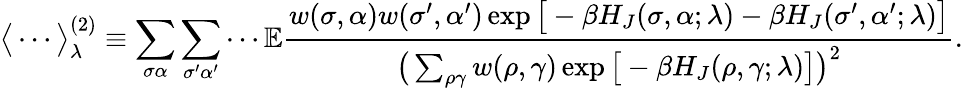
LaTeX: \big<\cdots\big>_{\lambda}^{(2)}\equiv\sum_{\sigma\alpha}\sum_{\sigma^{\prime}\alpha^{\prime}}\cdots\mathbb{E}\frac{w(\sigma,\alpha)w(\sigma^{\prime},\alpha^{\prime})\exp{\big[-\beta H_{J}(\sigma,\alpha;\lambda)-\beta H_{J}(\sigma^{\prime},\alpha^{\prime};\lambda)\big]}}{\big(\sum_{\rho\gamma}w(\rho,\gamma)\exp{\big[-\beta H_{J}(\rho,\gamma;\lambda)\big]}\big)^{2}}.